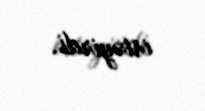
istəyirdi.